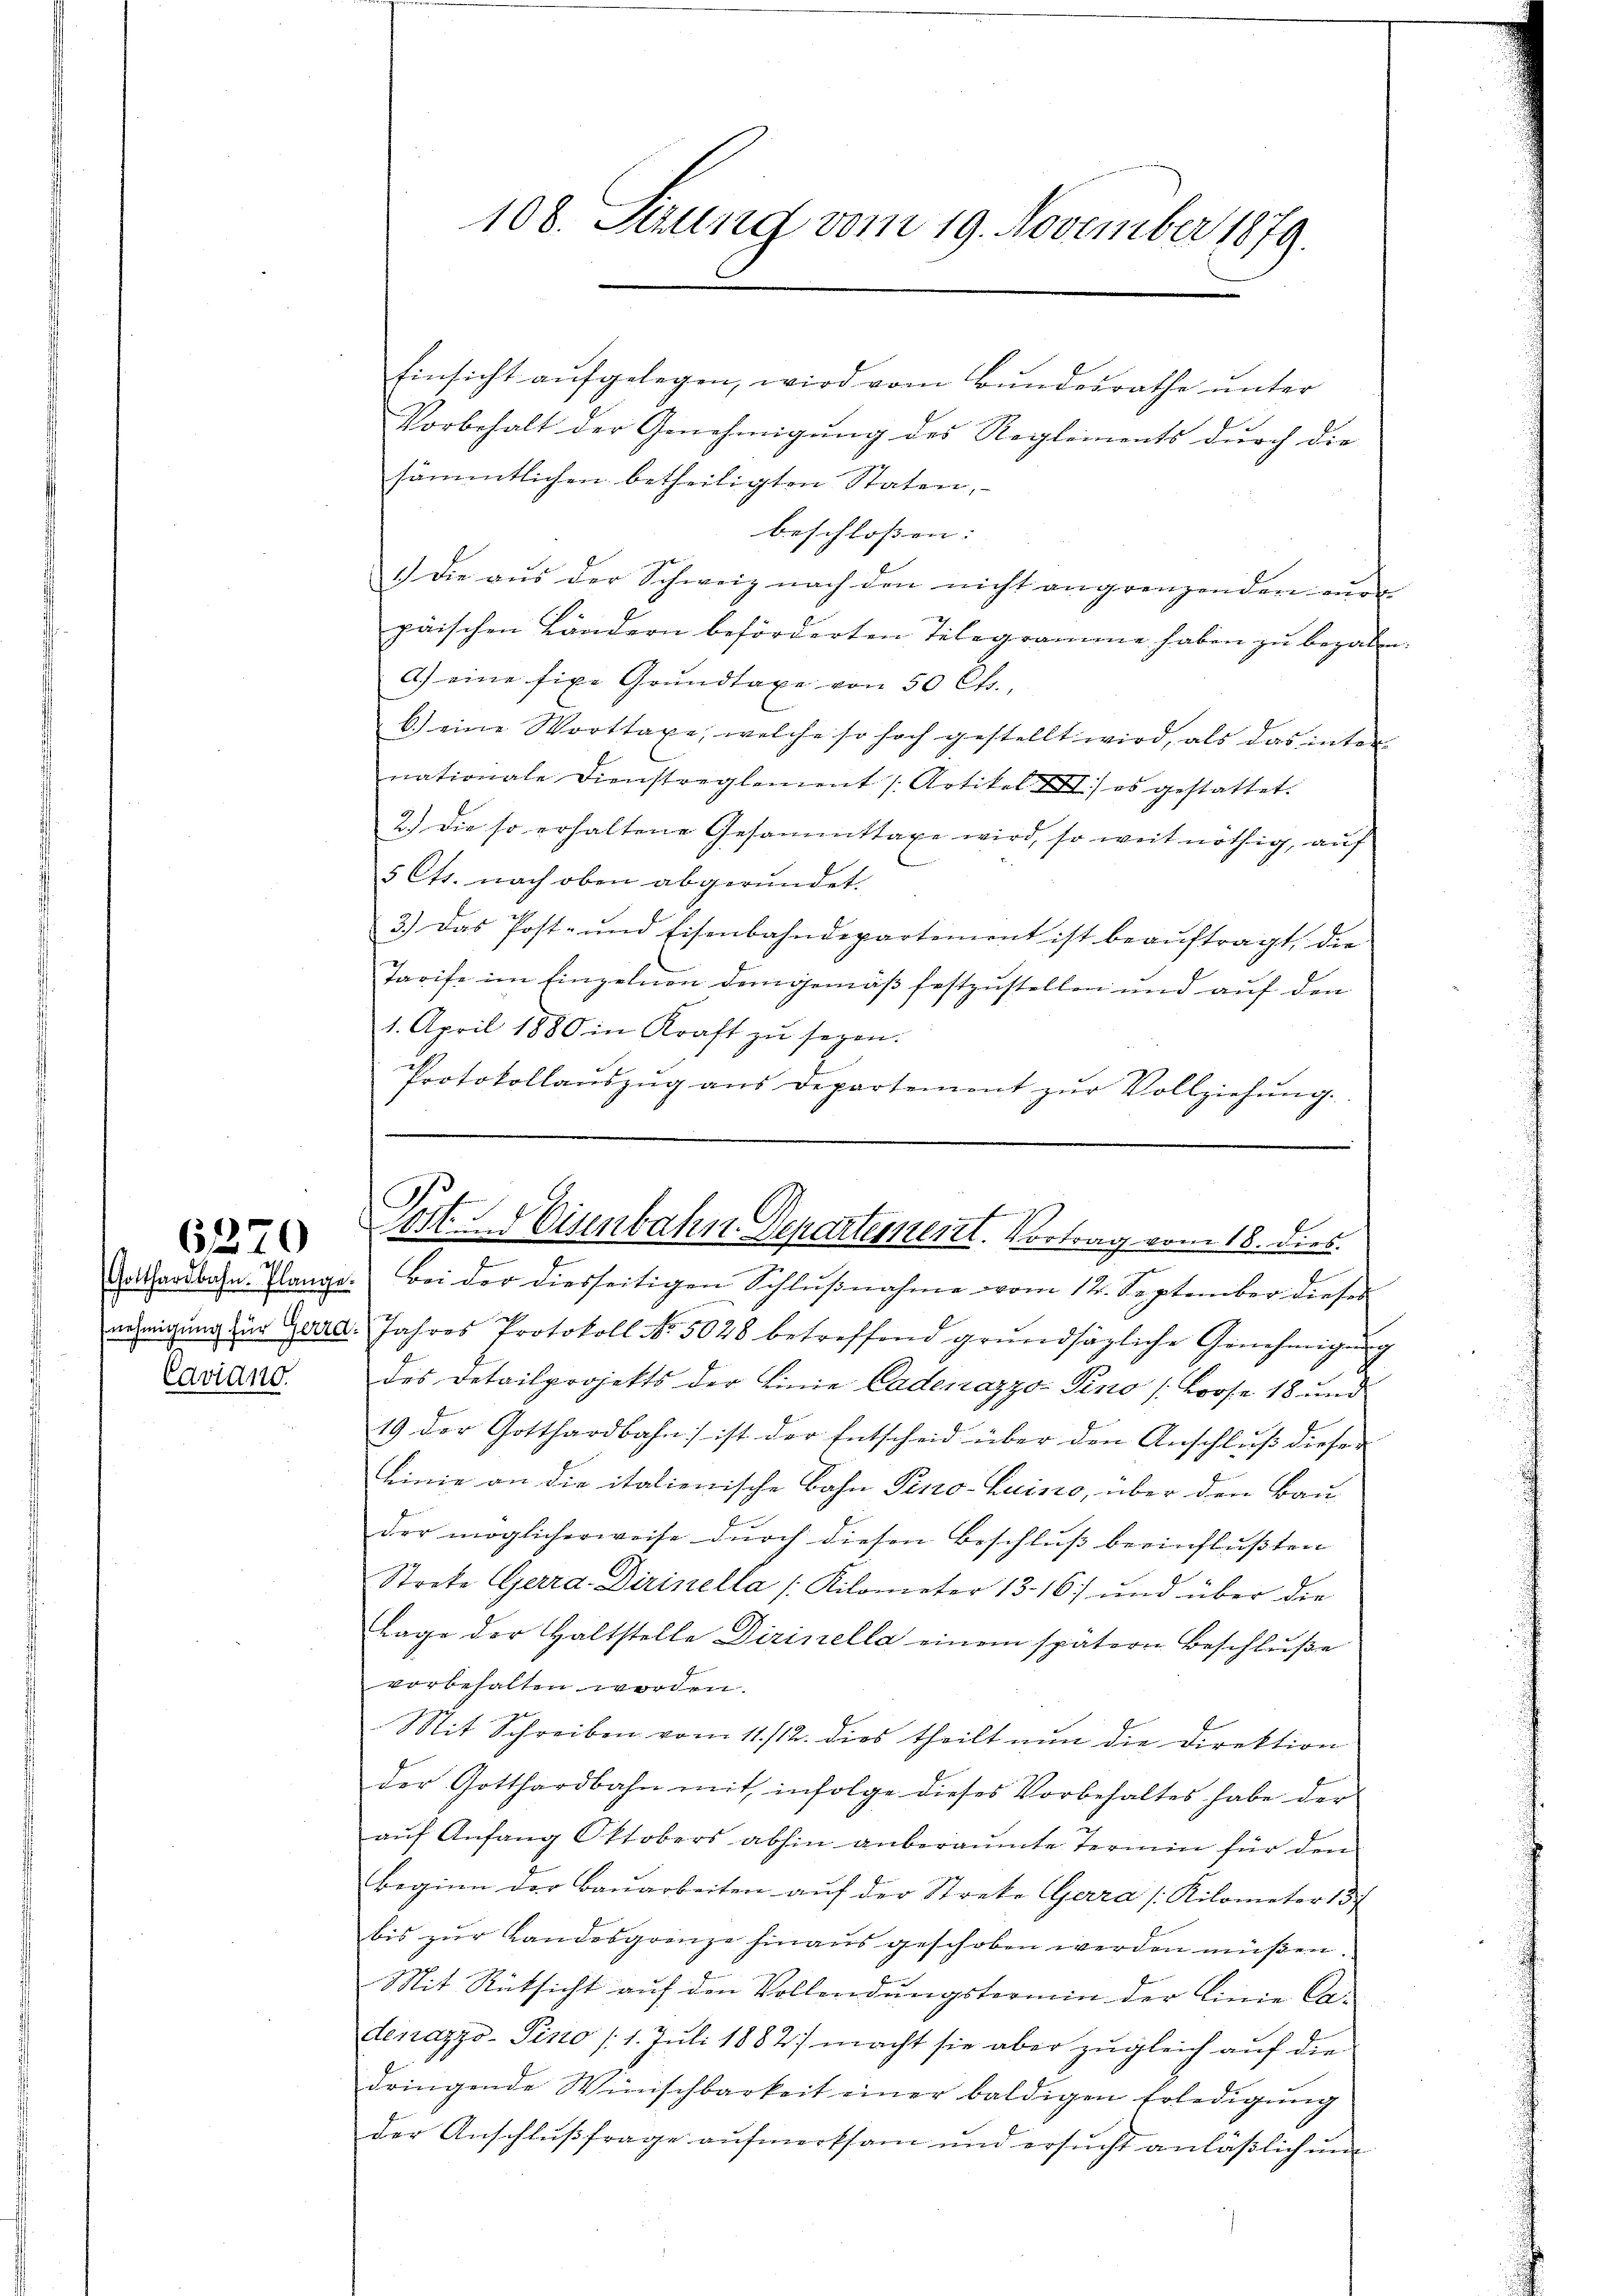
Caviano.

6270

Einsicht aŭfgelegen, wird vom Bundesrathe ŭnter
Vorbehalt der Genehmigung des Reglements durch die
sämmtlichen betheiligten Staten,
beschlossen: |
1.) Die aus der Schweiz nach den nicht angrenzenden eur
päischen Ländern beförderten Telegramme haben zu begaben.
A.) eine fixe Grundlage von 50 Cts.
b.) eine Worttaxe, welche so hoch gestellt wird, als das inter
nationale Dienstreglement (Artikel II) es gestattet.
2.) Die so erhaltene Gesammttaxe wird, so weit nöthig, auf
e
5 Cts. nach oben abgeründet.
3.) Das Post- und Eisenbahndepartement ist beaŭftragt, die
Tarife im Einzelnen der gemäß festzustellen und auf den
1. April 1880 in Kraft zu seyen.
Protokollaŭszŭg aŭs Departement zŭr Vollziehŭng.

108. Sizung vom 19. November 1879.

Roithardbahn. Plange. Bei der diesseitigen Schlŭβnahme vom 12. September dieses
nehmigŭng zur Zere. Jahres Protokoll No 5028 betreffend grŭndsätzliche Genehmigŭng
des Detailprojekts der Linie Cadenazzo Pino /Prose 18 und
19 der Gotthardbahn ist der Entscheid über den Anschlŭβ dieser
Linie an die italienische Bahn Pino-Luino, über den Bau-
der möglicherweise dŭrch diesen Beschlŭβ beeinflußten
Streke Gerra Dirinella /: Kilometer 1316) und über die
tage der Haltstelle Dirinella einem spätern Beschlŭβe
vorbehalten worden.
Mit Schreiben vom 11./12. dies theilt nun die Direktion
der Gotthardbahn mit infolge dieses Vorbehaltes habe der
aŭf Anfang Oktobers abhin anberaumte Termin für den
Beginn der Baŭarbeiten aŭf der Stocke Gerra (Kilometer 137
bis zur Landesgrenze hinaus geschoben werden müßen.
Mit Rücksicht auf den Vollendungstermin der Linie Cadenazzo-Pino /1. Juli 1882) macht sie aber zugleich auf die
dringende Winischbarkeit einer baldigen Erledigŭng
der Anschlußfrage aufmerksam und ersucht anläßlich und

f
a
Post. Hisenbahn-Departement. Vortrag vom 18. dies